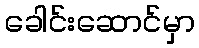
ခေါင်းဆောင်မှာ